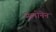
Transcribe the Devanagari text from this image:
नेलोनेन